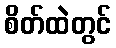
စိတ်ထဲတွင်